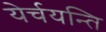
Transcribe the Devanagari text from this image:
येर्चयन्ति